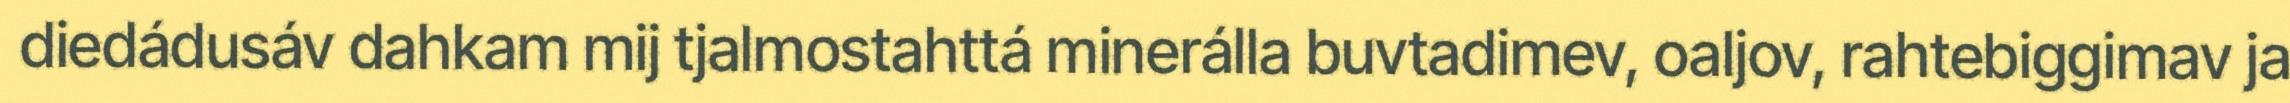
diedádusáv dahkam mij tjalmostahttá minerálla buvtadimev, oaljov, rahtebiggimav ja